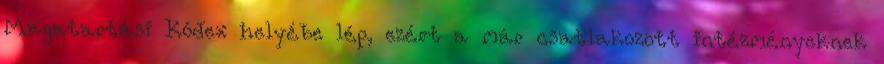
Magatartási Kódex helyébe lép, ezért a már csatlakozott intézményeknek